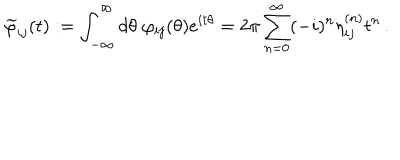
\widetilde { \varphi } _ { i j } ( t ) : = \int _ { - \infty } ^ { \infty } d \theta \; \varphi _ { i j } ( \theta ) e ^ { i t \theta } = 2 \pi \sum _ { n = 0 } ^ { \infty } ( - i ) ^ { n } \eta _ { i j } ^ { ( n ) } t ^ { n } \, .